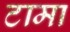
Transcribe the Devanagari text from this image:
टामा